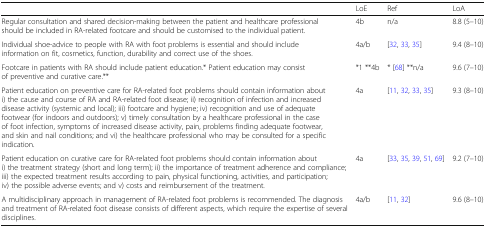
|  | LoE | Ref | LoA |
 | --- | --- | --- | --- |
 | Regular consultation and shared decision-making between the patient and healthcare professional should be included in RA-related footcare and should be customised to the individual patient. | 4b | n/a | 8.8 (5–10) |
 | Individual shoe-advice to people with RA with foot problems is essential and should include information on fit, cosmetics, function, durability and correct use of the shoes. | 4a/b | [32, 33, 35] | 9.4 (8–10) |
 | Footcare in patients with RA should include patient education.* Patient education may consist of preventive and curative care.** | *1 **4b | * [68] **n/a | 9.6 (7–10) |
 | Patient education on preventive care for RA-related foot problems should contain information about i) the cause and course of RA and RA-related foot disease; ii) recognition of infection and increased disease activity (systemic and local); iii) footcare and hygiene; iv) recognition and use of adequate footwear (for indoors and outdoors); v) timely consultation by a healthcare professional in the case of foot infection, symptoms of increased disease activity, pain, problems finding adequate footwear, and skin and nail conditions; and vi) the healthcare professional who may be consulted for a specific indication. | 4a | [11, 32, 33, 35] | 9.3 (8–10) |
 | Patient education on curative care for RA-related foot problems should contain information about i) the treatment strategy (short and long term); ii) the importance of treatment adherence and compliance; iii) the expected treatment results according to pain, physical functioning, activities, and participation; iv) the possible adverse events; and v) costs and reimbursement of the treatment. | 4a | [33, 35, 39, 51, 69] | 9.2 (7–10) |
 | A multidisciplinary approach in management of RA-related foot problems is recommended. The diagnosis and treatment of RA-related foot disease consists of different aspects, which require the expertise of several disciplines. | 4a/b | [11, 32] | 9.6 (8–10) |